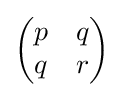
{\begin{pmatrix}p&q\\q&r\end{pmatrix}}